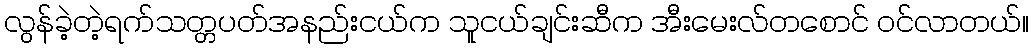
လွန်ခဲ့တဲ့ရက်သတ္တပတ်အနည်းငယ်က သူငယ်ချင်းဆီက အီးမေးလ်တစောင် ဝင်လာတယ်။